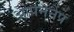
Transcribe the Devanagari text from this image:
ओपननैप